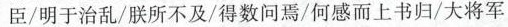
臣/明于乱治//朕所不及/得数问焉/何感而上书归/大将军